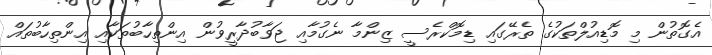
އެގޮތުން މި މޮޑިއުލްތަކުގެ ތެރޭގައި ޑިމޮކްރެސީ ޒިންމާ ނެގުމާއި ޖަވާބުދާރީވުން އިންތިހާބުތަކާއި އިންތިހާބުތައް